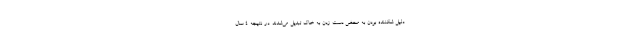
دلیل شکننده بودن به محض دست زدن به خاک تبدیل می‌شدند. در نتیجه ۴ سال